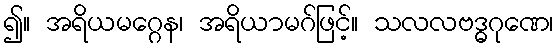
၍။ အရိယမဂ္ဂေန၊ အရိယာမဂ်ဖြင့်။ သလလဗဒ္ဓဂုဏေ၊